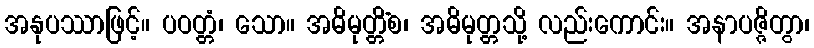
အနုပဿာဖြင့်။ ပဝတ္တံ၊ သော။ အဓိမုတ္တိံစ၊ အဓိမုတ္တသို့ လည်းကောင်း။ အနာပဇ္ဇိတွာ၊